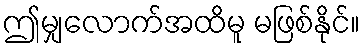
ဤမျှလောက်အထိမူ မဖြစ်နိုင်။